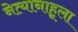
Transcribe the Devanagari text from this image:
नेत्यानाहूला